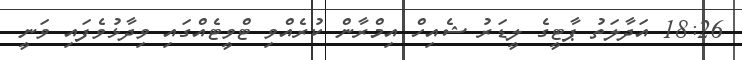
18:26 އަދާލަތު ޕާޓީގެ ލީޑަރު ޝެއިހް އިމްރާން ކުރެއްވި ޓްވީޓެއްގައި ވިދާޅުވެފައި ވަނީ